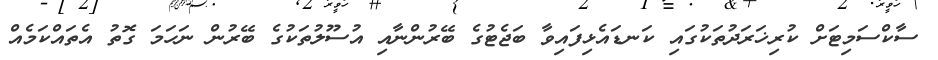
ސާކްސަމިޓަށް ކުރިޚަރަދުތަކުގައި ކަނޑައެޅިފައިވާ ބަޖެޓުގެ ބޭރުންނާއި އުސޫލުތަކުގެ ބޭރުން ނަހަމަ ގޮތު އެތައްކަމެއް